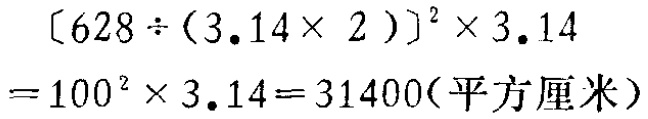
\[

\begin{align*}

&[628\div(3.14\times2)]^{2}\times3.14\\

=&100^{2}\times3.14 = 31400(\text{平方厘米})

\end{align*}

\]